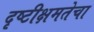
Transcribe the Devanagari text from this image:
दृष्टीक्षमतेचा